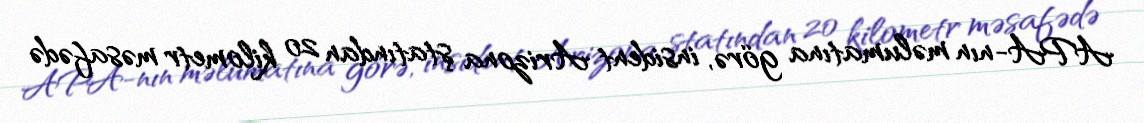
APA-nın məlumatına görə, insident Arizona ştatından 20 kilometr məsafədə